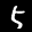
Label: 5